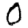
Digit: 0